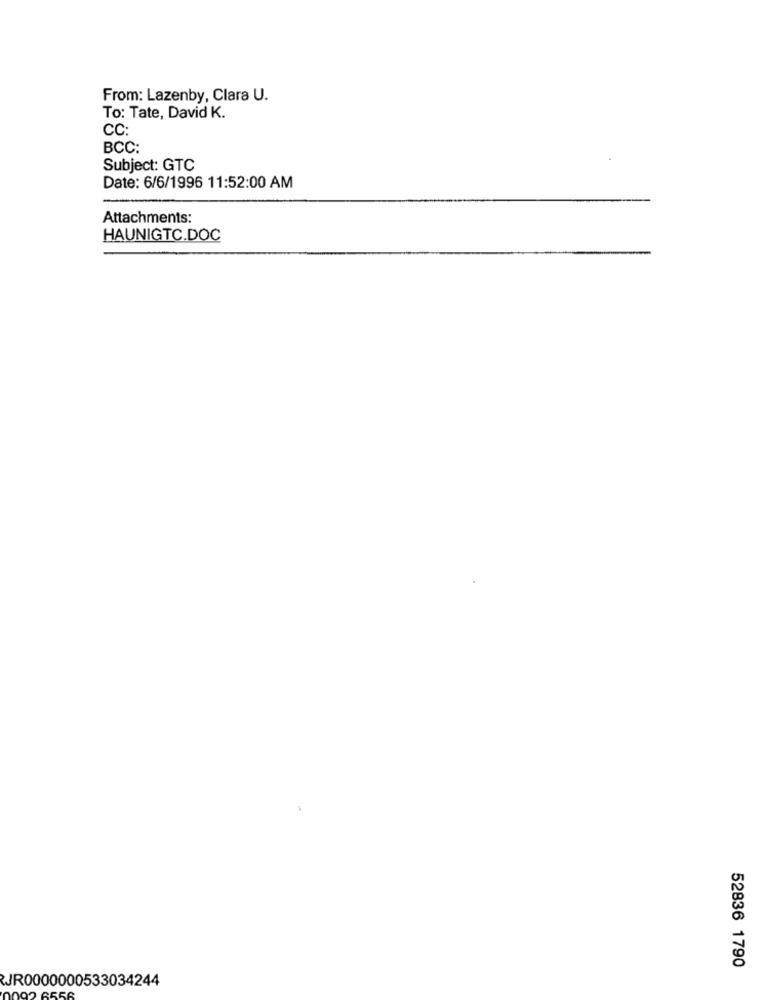
From: Lazenby, Clara U.
To: Tate, David K.
CC:
BCC:
Subject: GTC
Date: 6/6/1996 11:52:00 AM
Attachments:
HAUNIGTC.DOC
52836 1790
JR0000000533034244